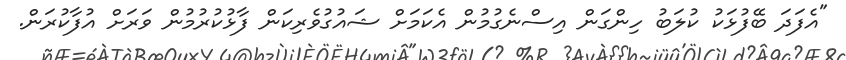
"އެފަދަ ބޭފުޅަކު ކުލަބު ހިންގަން އިސްނެގުމުން އެކަމަށް ޝައުގުވެރިކަން ފާޅުކުރުމުން ވަރަށް އުފާކުރަން.